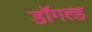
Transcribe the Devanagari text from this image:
डॉगल्ड